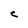
Character: C